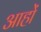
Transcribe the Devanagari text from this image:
आहों